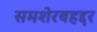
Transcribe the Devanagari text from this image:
समशेरबहद्दर